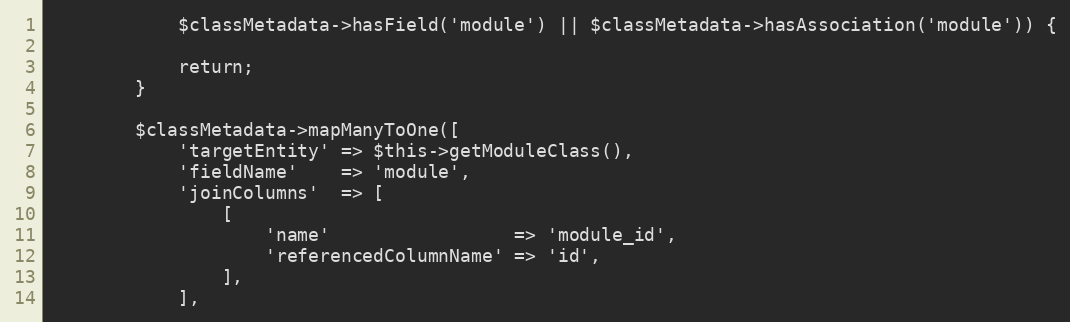
Language: PHP
            $classMetadata->hasField('module') || $classMetadata->hasAssociation('module')) {

            return;
        }

        $classMetadata->mapManyToOne([
            'targetEntity' => $this->getModuleClass(),
            'fieldName'    => 'module',
            'joinColumns'  => [
                [
                    'name'                 => 'module_id',
                    'referencedColumnName' => 'id',
                ],
            ],